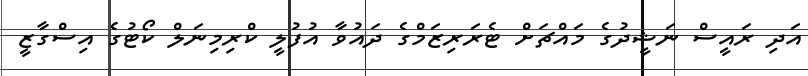
އަދި ރައީސް ނަޝީދުގެ މައްޗަށް ޓެރަރިޒަމްގެ ދައުވާ އުފުލީ ކްރިމިނަލް ކޯޓުގެ އިސްގާޒީ